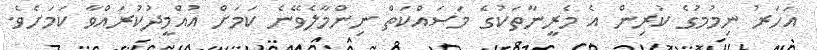
އަހަރު ނިމުމުގެ ކުރިން އެ މެރީނާތަކުގެ މަސައްކަތް ނިންމާލެވޭނެ ކަމަށް އުއްމީދުކުރައްވާ ކަމަށެވެ.